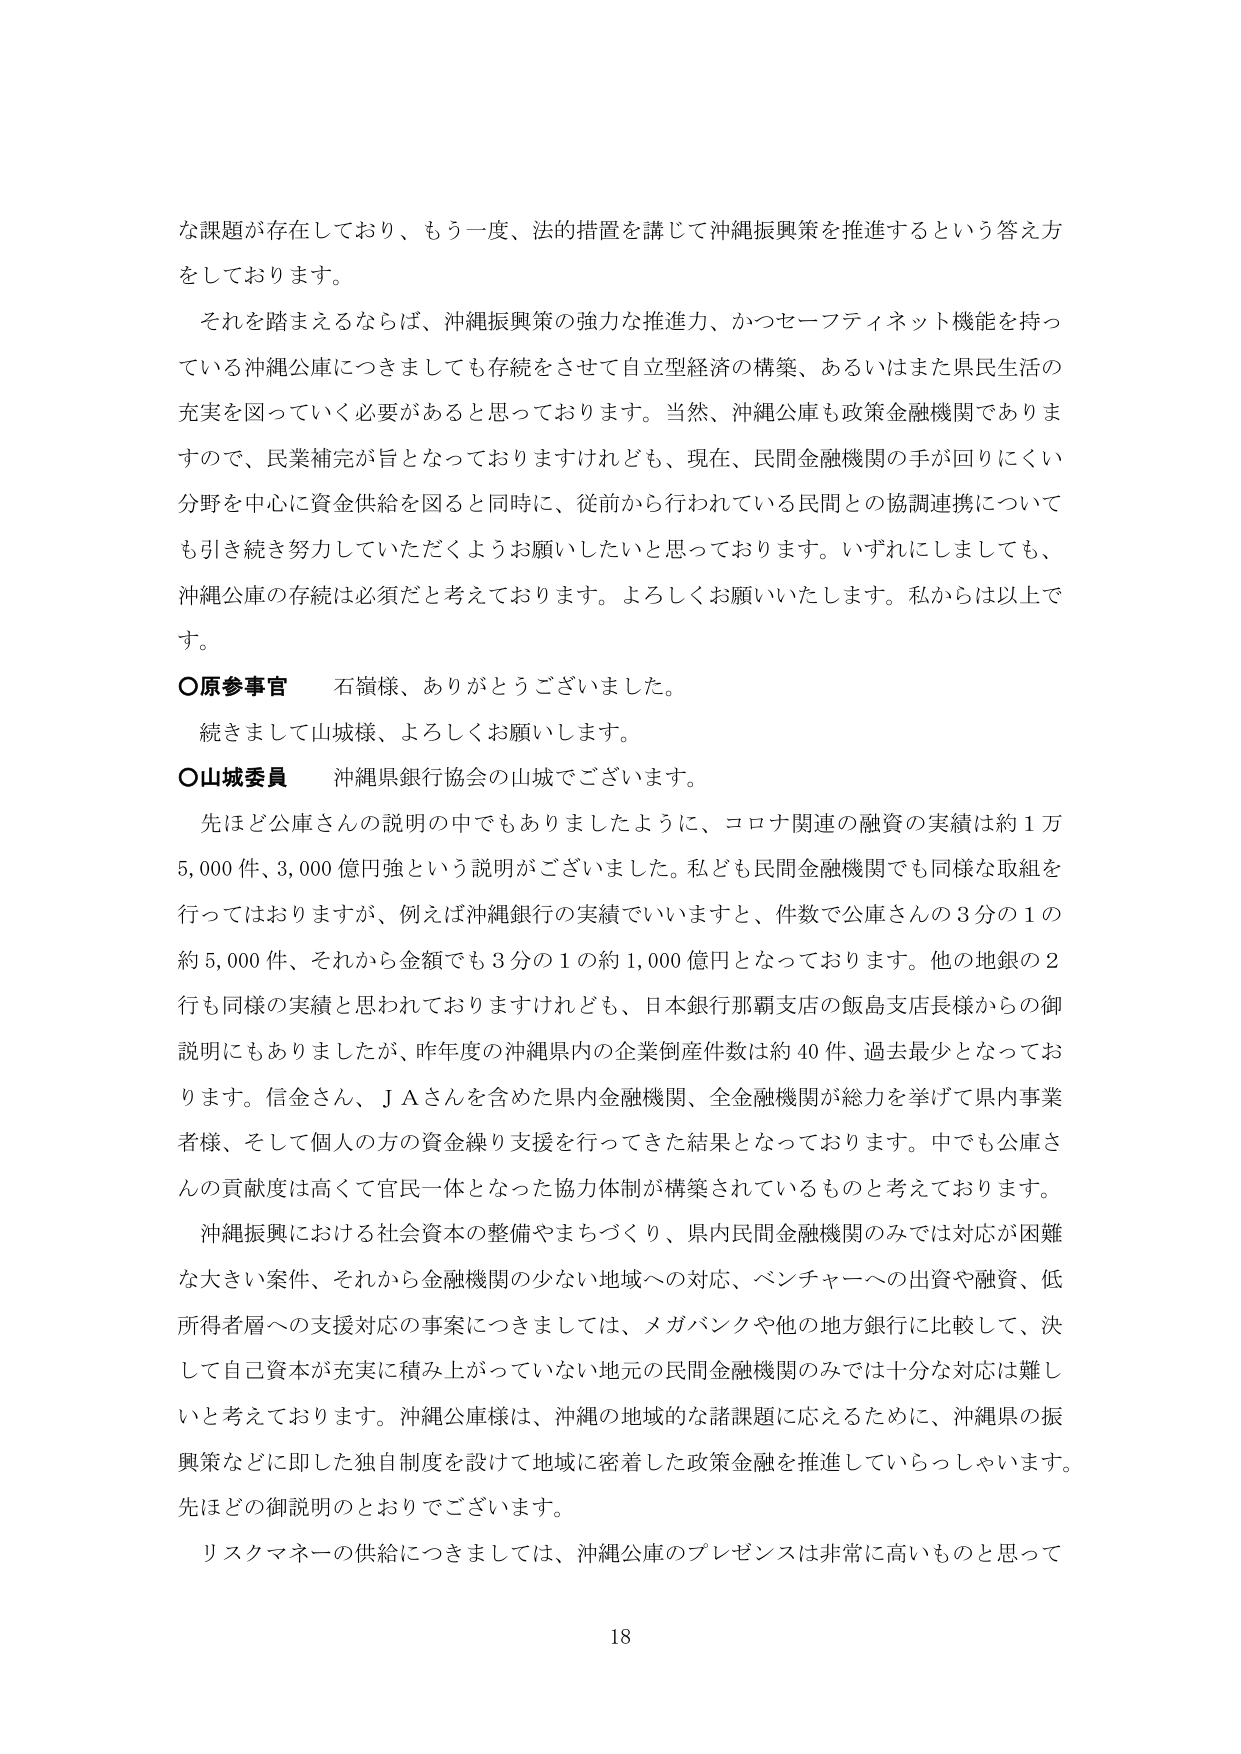
な課題が存在しており、もう一度、法的措置を講じて沖縄振興策を推進するという答え方をしております。

それを踏まえるならば、沖縄振興策の強力な推進力、かつセーフティネット機能を持っている沖縄公庫につきましても存続をさせて自立型経済の構築、あるいはまた県民生活の充実を図っていく必要があると思っております。当然、沖縄公庫も政策金融機関でありますので、民業補完が旨となっておりますけれども、現在、民間金融機関の手が回りにくい分野を中心に資金供給を図ると同時に、従前から行われている民間との協調連携についても引き続き努力していただくようお願いしたいと思っております。いずれにしましても、沖縄公庫の存続は必須だと考えております。よろしくお願いいたします。私からは以上です。

○原参事官　石嶺様、ありがとうございました。

続きまして山城様、よろしくお願いします。

○山城委員　沖縄県銀行協会の山城でございます。

先ほど公庫さんの説明の中でもありましたように、コロナ関連の融資の実績は約１万5,000件、3,000億円強という説明がございました。私ども民間金融機関でも同様な取組を行っておりますが、例えば沖縄銀行の実績でいいますと、件数で公庫さんの3分の1の約5,000件、それから金額でも3分の1の約1,000億円となっております。他の地銀の2行も同様の実績と思われておりますけれども、日本銀行那覇支店の飯島支店長様からの御説明にもありましたたが、昨年度の沖縄県内の企業倒産件数は約40件、過去最少となっております。信金さん、ＪＡさんを含めた県内金融機関、全金融機関が総力を挙げて県内事業者様、そして個人の方の資金繰り支援を行ってきた結果となっております。中でも公庫さんの貢献度は高くて官民一体となった協力体制が構築されているものと考えております。

沖縄振興における社会資本の整備やまちづくり、県内民間金融機関のみでは対応が困難な大きい案件、それから金融機関の少ない地域への対応、ベンチャーへの出資や融資、低所得者層への支援対応の事案につきましては、メガバンクや他の地方銀行に比較して、決して自己資本が充実に積み上がっていない地元の民間金融機関のみでは十分な対応は難しいと考えております。沖縄公庫様は、沖縄の地域的な諸課題に応えるために、沖縄県の振興策などに即した独自制度を設けて地域に密着した政策金融を推進していらっしゃいます。先ほどの御説明のとおりでございます。

リスクマネーの供給につきましては、沖縄公庫のプレゼンスは非常に高いものと思って

18